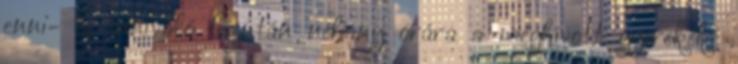
enni- és innivaló Ezután néhány órára a meghívott gyerekeké